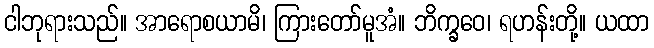
ငါဘုရားသည်။ အာရောစယာမိ၊ ကြားတော်မူအံ။ ဘိက္ခဝေ၊ ရဟန်းတို့။ ယထာ